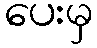
ပေးမှ